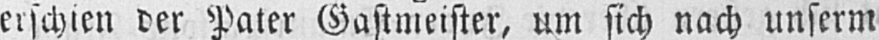
erschien der Pater Gastmeister, um sich nach unserm